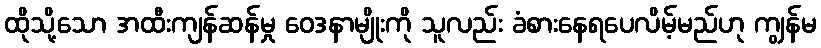
ထိုသို့သော အထီးကျန်ဆန်မှု ဝေဒနာမျိုးကို သူလည်း ခံစားနေရပေလိမ့်မည်ဟု ကျွန်မ